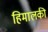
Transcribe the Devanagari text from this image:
हिमालकी